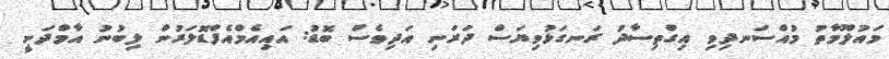
މައުލޫމާތު މުއްސަނދިވި އިގްތިސާދު ރަނގަޅުވިޔަސް ދަރަނި އަދިވެސް ބޮޑު: އައިއެމްއެފްޑޮލަރުން ލިބުނު އާމްދަނީ